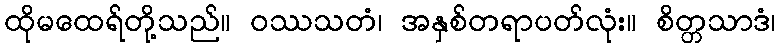
ထိုမထေရ်တို့သည်။ ဝဿသတံ၊ အနှစ်တရာပတ်လုံး။ စိတ္တသာဒံ၊